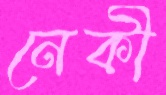
নেকী